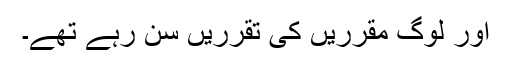
اور لوگ مقرریں کی تقرریں سن رہے تھے۔